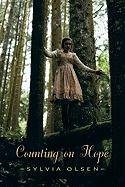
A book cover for Counting on Hope; Sylvia Olsen; Teen & Young Adult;